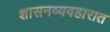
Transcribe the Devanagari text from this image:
शासनव्यवहारात